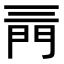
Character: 𨳔